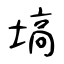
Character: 塙